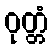
ဝုတ္တံ